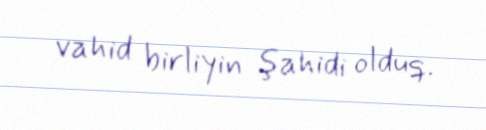
vahid birliyin şahidi olduq.